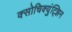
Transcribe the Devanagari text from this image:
क्सोचिक्युंट्झिन